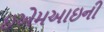
ઇએમઆઇની